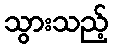
သွားသည့်